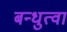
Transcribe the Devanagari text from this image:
बन्धुत्वा